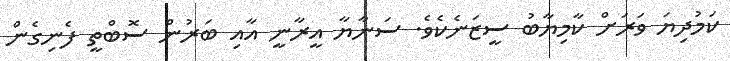
ކަމުދިޔަ ވަރަށް ކާމިޔާބު ސީޒަނެކެވެ. ސަނާޔާ އީރާނީ އާއި ބަރުން ސޮބްތީ ފެނިގެން